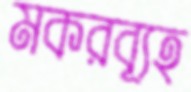
মকরব্যূহ